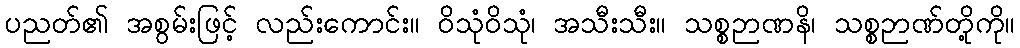
ပညတ်၏ အစွမ်းဖြင့် လည်းကောင်း။ ဝိသုံဝိသုံ၊ အသီးသီး။ သစ္စဉာဏနိ၊ သစ္စဉာဏ်တို့ကို။